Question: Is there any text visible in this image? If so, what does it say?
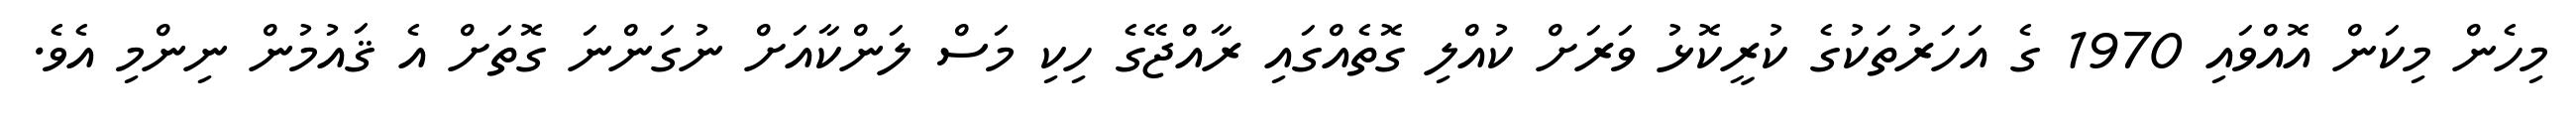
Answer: މިހެން މިކަން އޮއްވައި 1970 ގެ އަހަރުތަކުގެ ކުރީކޮޅު ވަރަށް ކުއްލި ގޮތެއްގައި ރާއްޖޭގެ ހިކި މަސް ލަންކާއަށް ނުގަންނަ ގޮތަށް އެ ޤައުމުން ނިންމި އެވެ.